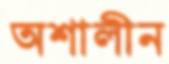
অশালীন